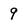
Character: 9